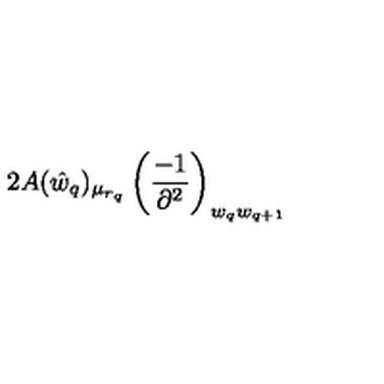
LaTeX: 2 A \raisebox { - 4 p t } { \stackrel { \displaystyle { ( w _ { q } ) } } { \scriptstyle { \mu _ { r _ { q } } a _ { r _ { q } } } } } ( \hat { w } _ { q } ) _ { \mu _ { r _ { q } } } \left( \frac { - 1 } { \partial ^ { 2 } } \right) _ { w _ { q } w _ { q + 1 } }